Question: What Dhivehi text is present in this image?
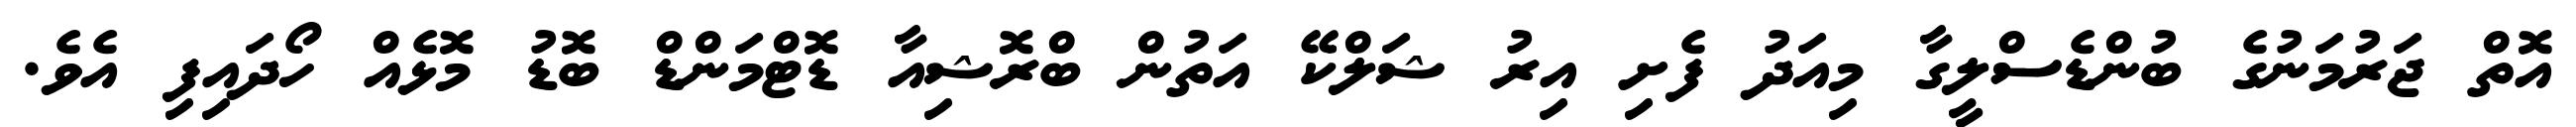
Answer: އޮތް ޖަރުމަނުގެ ބުންޑެސްލީގާ މިއަދު ފެށި އިރު ޝަލްކޭ އަތުން ބްރޮޝިއާ ޑޮޓްމަންޑް ބޮޑު މޮޅެއް ހޯދައިފި އެވެ.